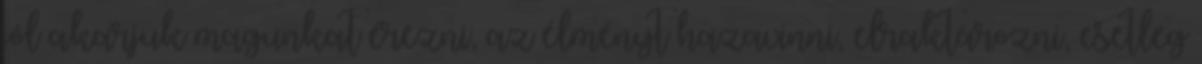
jól akarjuk magunkat érezni, az élményt hazavinni, elraktározni, esetleg